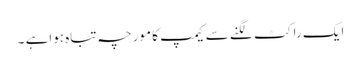
ایک راکٹ لگنے سے کیمپ کا مورچہ تباہ ہواہے ۔